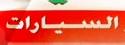
السيارات